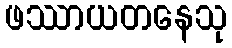
ဖဿာယတနေသု